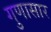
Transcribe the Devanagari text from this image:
गुणासार